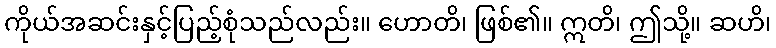
ကိုယ်အဆင်းနှင့်ပြည့်စုံသည်လည်း။ ဟောတိ၊ ဖြစ်၏။ ဣတိ၊ ဤသို့။ ဆဟိ၊